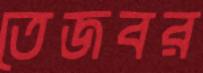
তেজবর